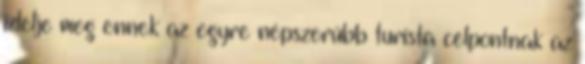
ízlelje meg ennek az egyre népszerűbb turista célpontnak az